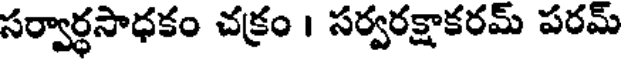
సర్వార్ధసాధకం చక్రం । సర్వరక్షాకరమ్ పరమ్